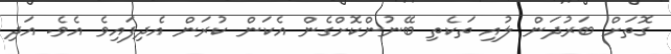
ގޮތަށް ބަރުދަން ލުއި ތަކެތި ބޭނުންކޮށްގެން އެކަން ކުރަން އެދިފައިވެ އެވެ. އަދި